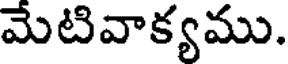
మేటివాక్యము.